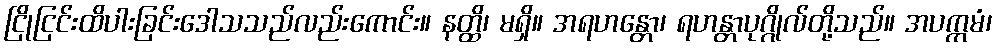
ငြိုငြင်းထိပါးခြင်းဒေါသသည်လည်းကောင်း။ နတ္ထိ၊ မရှိ။ အရဟန္တော၊ ရဟန္တာပုဂ္ဂိုလ်တို့သည်။ အပက္ကမံ၊